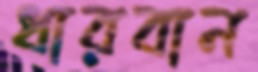
ধারবান